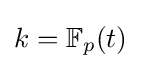
k=\mathbb {F} _{p}(t)